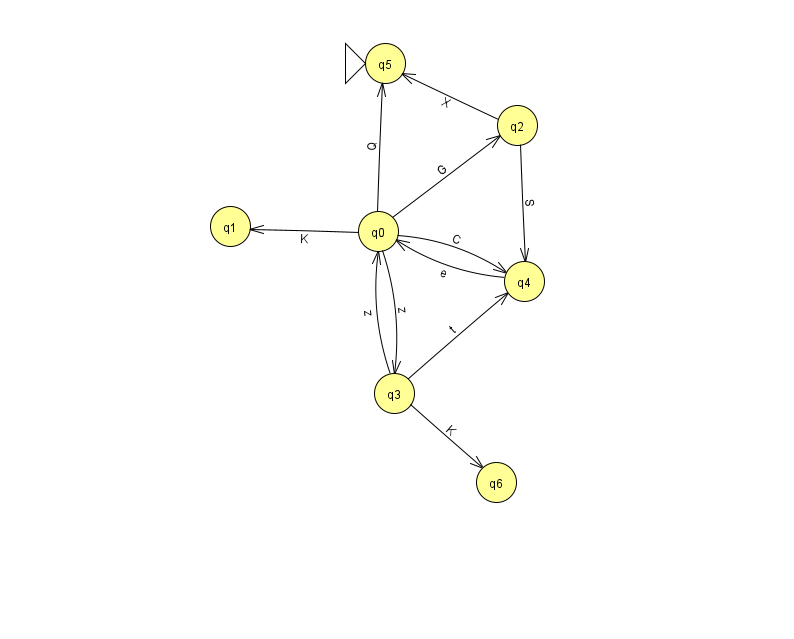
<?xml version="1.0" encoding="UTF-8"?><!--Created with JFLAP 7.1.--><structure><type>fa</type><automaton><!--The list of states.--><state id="0" name="q0"><x>378.0</x><y>218.0</y></state><state id="1" name="q1"><x>230.0</x><y>213.0</y></state><state id="2" name="q2"><x>517.0</x><y>112.0</y></state><state id="3" name="q3"><x>394.0</x><y>380.0</y></state><state id="4" name="q4"><x>524.0</x><y>268.0</y></state><state id="5" name="q5"><x>385.0</x><y>50.0</y><initial/></state><state id="6" name="q6"><x>496.0</x><y>469.0</y></state><!--The list of transitions.--><transition><from>0</from><to>2</to><read>G</read></transition><transition><from>3</from><to>6</to><read>K</read></transition><transition><from>2</from><to>5</to><read>X</read></transition><transition><from>0</from><to>3</to><read>z</read></transition><transition><from>3</from><to>0</to><read>z</read></transition><transition><from>4</from><to>0</to><read>e</read></transition><transition><from>0</from><to>1</to><read>K</read></transition><transition><from>2</from><to>4</to><read>S</read></transition><transition><from>3</from><to>4</to><read>t</read></transition><transition><from>0</from><to>4</to><read>C</read></transition><transition><from>0</from><to>5</to><read>Q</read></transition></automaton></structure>